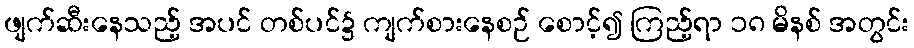
ဖျက်ဆီးနေသည့် အပင် တစ်ပင်၌ ကျက်စားနေစဉ် စောင့်၍ ကြည့်ရာ ၁၈ မိနစ် အတွင်း